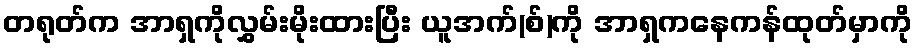
တရုတ်က အာရှကိုလွှမ်းမိုးထားပြီး ယူအက်(စ်)ကို အာရှကနေကန်ထုတ်မှာကို